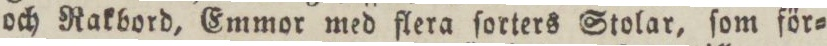
och Rakbord, Emmor med flera ſorters Stolar, ſom för=